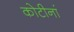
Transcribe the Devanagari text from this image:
कोटीनां